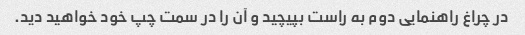
در چراغ راهنمایی دوم به راست بپیچید و آن را در سمت چپ خود خواهید دید.